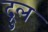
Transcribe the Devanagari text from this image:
द्रुल